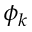
\phi _ { k }